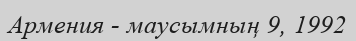
Армения - маусымның 9, 1992